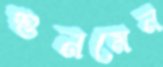
শুনমেন